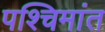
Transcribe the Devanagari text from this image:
पश्चिमांत